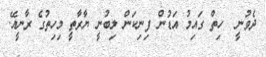
ދެވުނީ  ހިތް ގައިމު އަޑުން ފިނިކަން ލިބުނީ ޔާރާތީ މިހިތުގެ ރާނީއޭ.